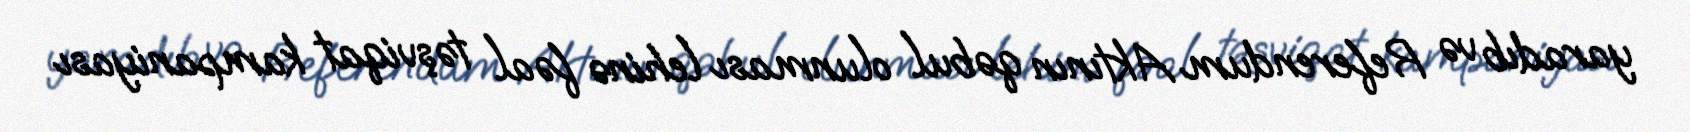
yaradıb və Referendum Aktının qəbul olunması lehinə fəal təşviqat kampaniyası